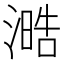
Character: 㵆